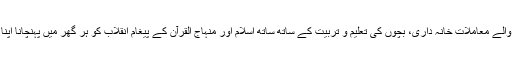
نمازِ فجر سے شروع ہونے والے معاملاتِ خانہ داری، بچوں کی تعلیم و تربیت کے ساتھ ساتھ اسلام اور منہاج القرآن کے پیغامِ انقلاب کو ہر گھر میں پہنچانا اپنا اولین فریضہ سمجھتی تھیں۔